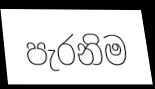
පැරනිම